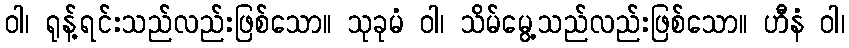
ဝါ၊ ရုန့်ရင်းသည်လည်းဖြစ်သော။ သုခုမံ ဝါ၊ သိမ်မွေ့သည်လည်းဖြစ်သော။ ဟီနံ ဝါ၊